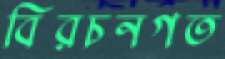
বিরচনগত